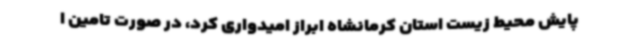
پایش محیط زیست استان کرمانشاه ابراز امیدواری کرد، در صورت تامین ا